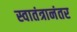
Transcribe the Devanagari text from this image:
स्वातंत्रानंतर